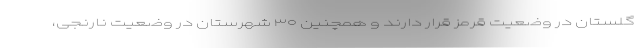
گلستان در وضعیت قرمز قرار دارند و همچنین ۳۰ شهرستان در وضعیت نارنجی،